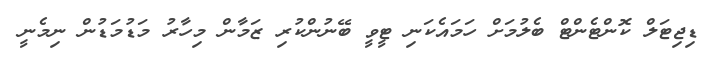
ޑިޖިޓަލް ކޮންޓެންޓް ބެލުމަށް ހަމައެކަނި ޓީވީ ބޭނުންކުރި ޒަމާން މިހާރު މަޑުމަޑުން ނިމެނީ